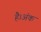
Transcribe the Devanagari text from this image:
है।अंक